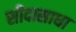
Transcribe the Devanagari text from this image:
सीदासाधा